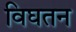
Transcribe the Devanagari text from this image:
विघतन